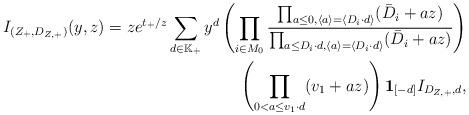
LaTeX: \begin{align*}I_{(Z_+,D_{Z,+})}(y,z)=ze^{t_+/z}\sum_{d\in\mathbb K_{+}}y^{d}\left(\prod_{i\in M_0 }\frac{\prod_{a\leq 0,\langle a\rangle=\langle D_i\cdot d\rangle}(\bar{D}_i+az)}{\prod_{a \leq D_i\cdot d,\langle a\rangle=\langle D_i\cdot d\rangle}(\bar{D}_i+az)}\right)\\\left(\prod_{0<a\leq v_1\cdot d}(v_1+az)\right)\textbf{1}_{[-d]}I_{D_{Z,+},d},\end{align*}